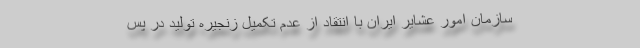
سازمان امور عشایر ایران با انتقاد از عدم تکمیل زنجیره تولید در پس